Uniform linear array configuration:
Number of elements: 4
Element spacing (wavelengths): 1
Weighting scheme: blackman
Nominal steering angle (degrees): -45
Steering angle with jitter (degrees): -44.47
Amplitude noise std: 0.05
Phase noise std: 0.05

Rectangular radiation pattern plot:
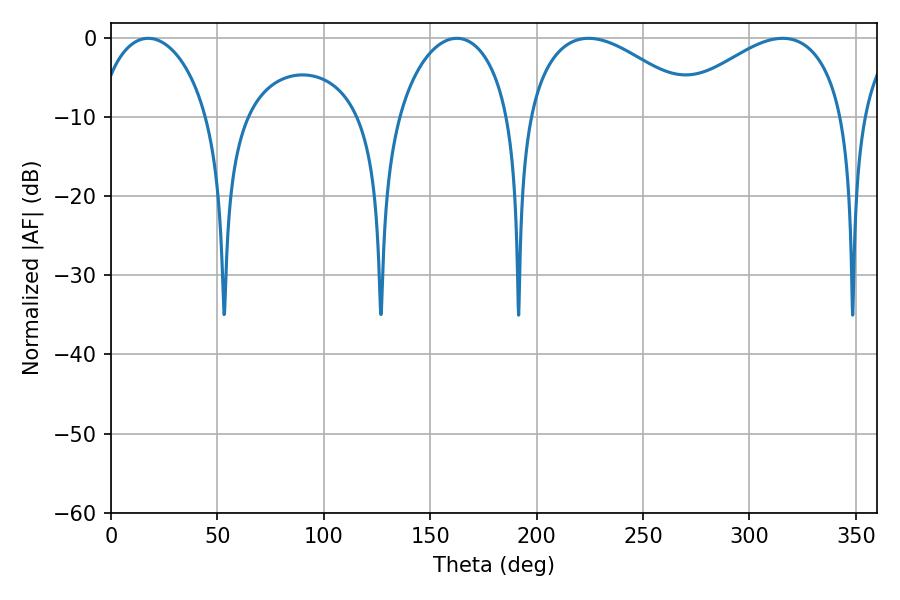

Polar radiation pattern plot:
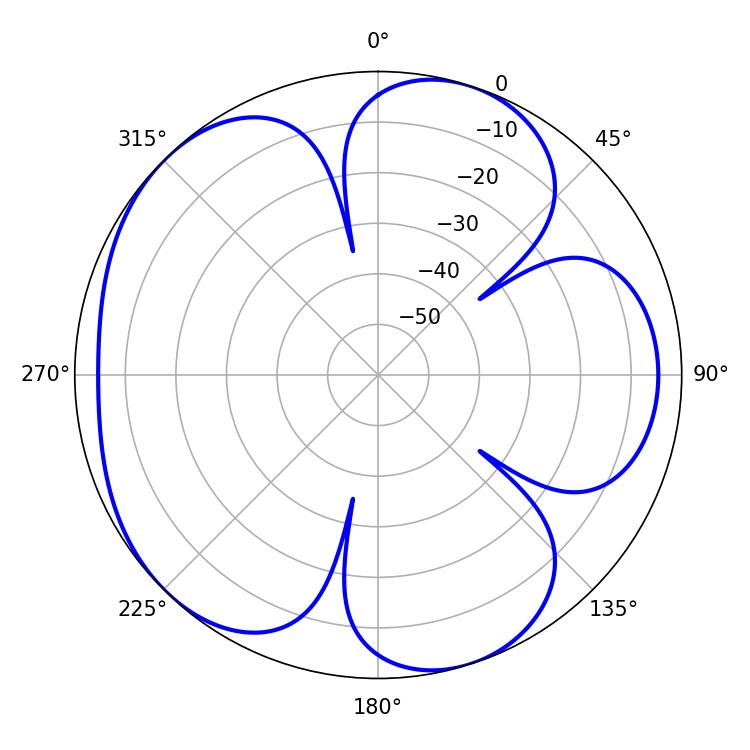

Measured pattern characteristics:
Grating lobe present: TRUE
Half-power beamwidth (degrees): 30.24
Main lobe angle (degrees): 17.46